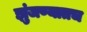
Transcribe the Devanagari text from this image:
झुंजण्यातच